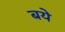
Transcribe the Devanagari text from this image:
बये